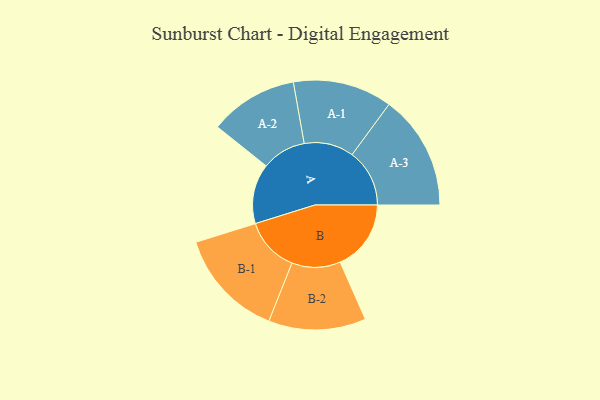
{"axis": {"x": "Segment", "y": "Value"}, "legend": ["", "A", "B"], "data": [{"x": "A", "y": 313, "type": ""}, {"x": "B", "y": 370, "type": ""}, {"x": "A-1", "y": 259, "type": "A"}, {"x": "A-2", "y": 231, "type": "A"}, {"x": "A-3", "y": 300, "type": "A"}, {"x": "B-1", "y": 285, "type": "B"}, {"x": "B-2", "y": 254, "type": "B"}]}